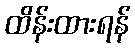
ထိန်းထားရန်